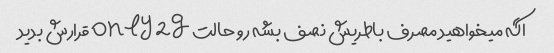
اگه میخواهید مصرف باطریش نصف بشه رو حالت only 2g قرارش بدید